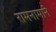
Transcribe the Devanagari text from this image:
रामनामाने